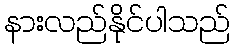
နားလည်နိုင်ပါသည်